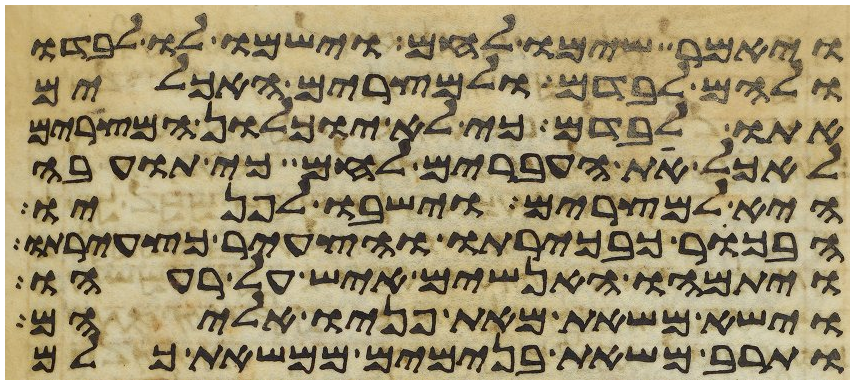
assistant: ויאמר שימו לחם וישמו לו לבדו
ולהם לבדם ולמצרים האכלים
אתו לבדם כי לא יוכלון המצרים
לאכל את העברים לחם כי תועבה
היא למצרים וישבו לפניו
הבכור כבכירתו והצעיר כצעירתו
ויתמהו האנשים איש על רעהו
וישא משאת מאת פניו אליהם
ותרב משאת בנימים ממשאת כלם